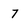
Character: 7